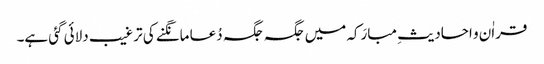
قراٰن و احادیثِ مبارَکہ میں جگہ جگہ دُعا مانگنے کی ترغیب دلائی گئی ہے۔